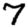
Digit: 7